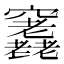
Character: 𥩊